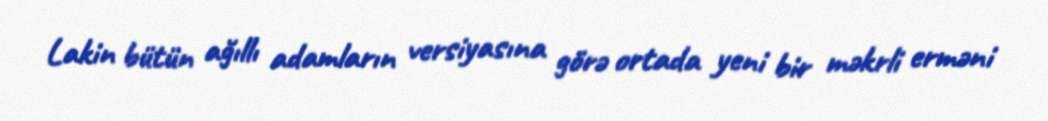
Lakin bütün ağıllı adamların versiyasına görə ortada yeni bir məkrli erməni